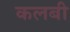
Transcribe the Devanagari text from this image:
कलबी